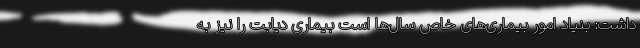
داشت: بنیاد امور بیماری‌های خاص سال‌ها است بیماری دیابت را نیز به